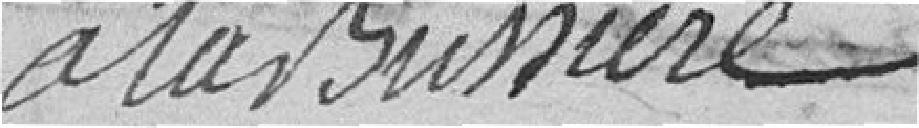
à la Bussière